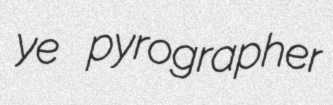
ye pyrographer